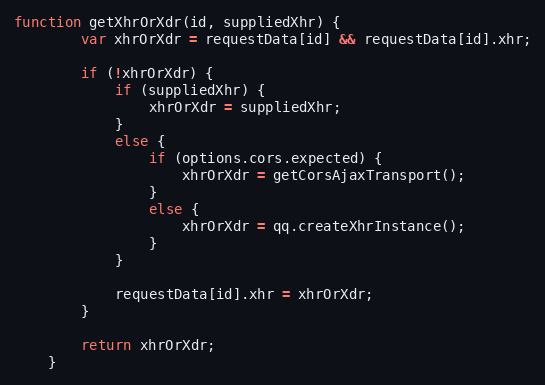
Language: JavaScript
function getXhrOrXdr(id, suppliedXhr) {
        var xhrOrXdr = requestData[id] && requestData[id].xhr;

        if (!xhrOrXdr) {
            if (suppliedXhr) {
                xhrOrXdr = suppliedXhr;
            }
            else {
                if (options.cors.expected) {
                    xhrOrXdr = getCorsAjaxTransport();
                }
                else {
                    xhrOrXdr = qq.createXhrInstance();
                }
            }

            requestData[id].xhr = xhrOrXdr;
        }

        return xhrOrXdr;
    }